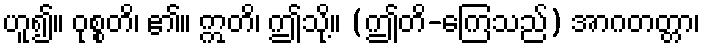
ဟူ၍။ ဝုစ္စတိ၊ ၏။ ဣတိ၊ ဤသို့။ (ဤတိ-ကြေသည်) အာဂတတ္တာ၊